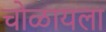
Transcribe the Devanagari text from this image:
चोळायला